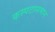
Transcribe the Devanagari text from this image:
कस्पटासमान